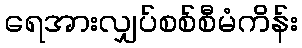
ရေအားလျှပ်စစ်စီမံကိန်း